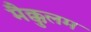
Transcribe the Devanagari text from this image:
मैक्कुलम